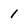
Character: 1